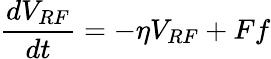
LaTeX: \frac{dV_{RF}}{dt}=-\eta V_{RF}+Ff